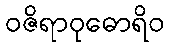
ဝဇိရာဝုဓောရိဝ